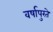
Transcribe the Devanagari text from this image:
वर्षापुरते